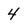
Character: 4